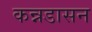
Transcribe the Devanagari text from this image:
कन्नडासन